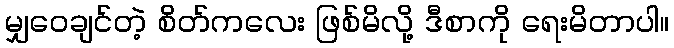
မျှဝေချင်တဲ့ စိတ်ကလေး ဖြစ်မိလို့ ဒီစာကို ရေးမိတာပါ။